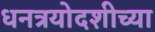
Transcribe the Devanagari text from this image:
धनत्रयोदशीच्या